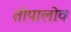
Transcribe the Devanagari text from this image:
तोपालोव